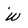
Character: w